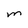
Character: m